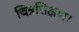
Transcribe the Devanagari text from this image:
चित्रशिक्षण।